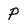
Character: P